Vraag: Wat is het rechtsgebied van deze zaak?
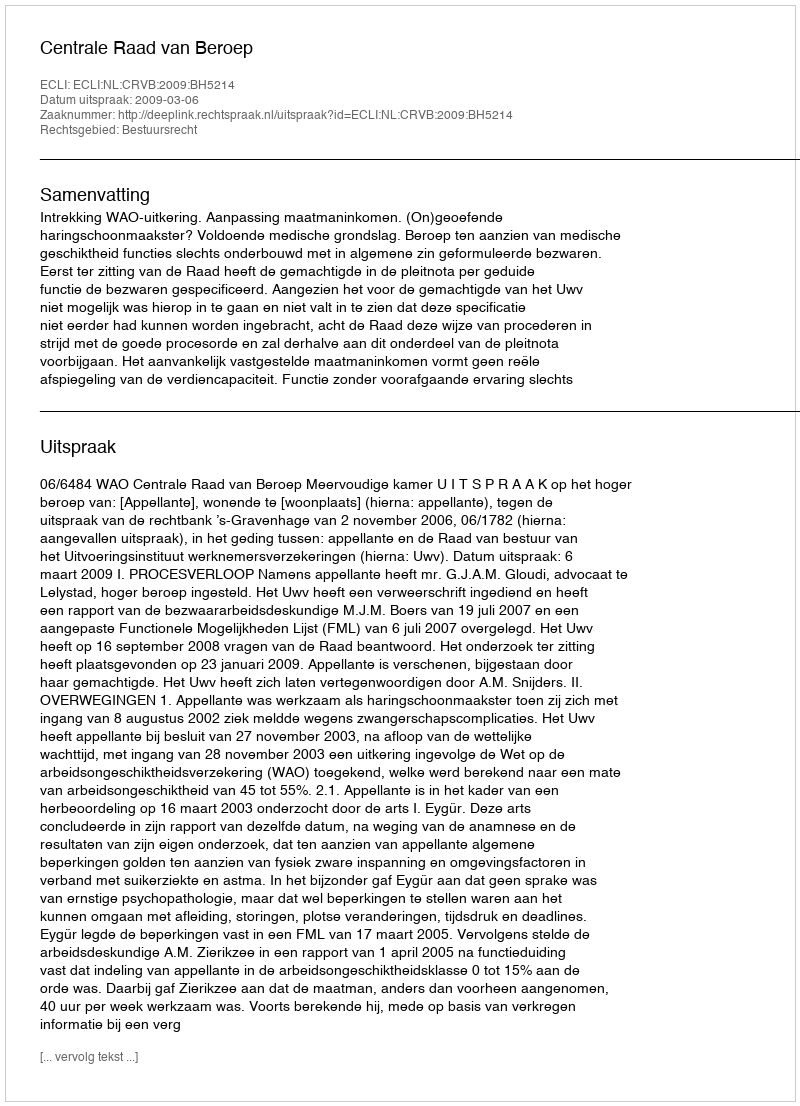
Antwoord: Bestuursrecht